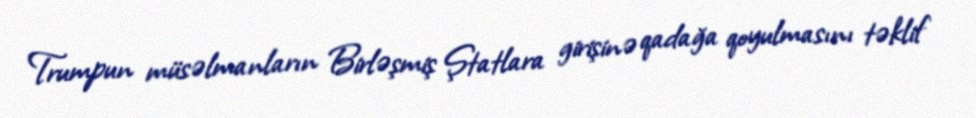
Trumpun müsəlmanların Birləşmiş Ştatlara girişinə qadağa qoyulmasını təklif